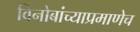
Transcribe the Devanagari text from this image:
विनोबांच्याप्रमाणेच